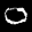
Label: 0